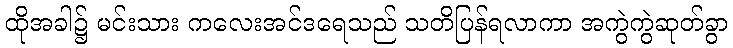
ထိုအခါ၌ မင်းသား ကလေးအင်ဒရေသည် သတိပြန်ရလာကာ အကွဲကွဲဆုတ်ခွာ